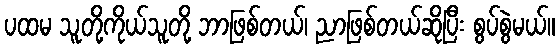
ပထမ သူတို့ကိုယ်သူတို့ ဘာဖြစ်တယ်၊ ညာဖြစ်တယ်ဆိုပြီး စွပ်စွဲမယ်။